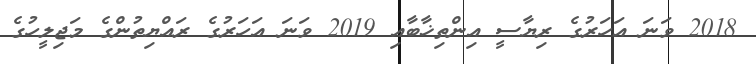
2018 ވަނަ އަހަރުގެ ރިޔާސީ އިންތިޚާބާއި 2019 ވަނަ އަހަރުގެ ރައްޔިތުންގެ މަޖިލީހުގެ